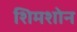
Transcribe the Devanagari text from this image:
शिमशोन